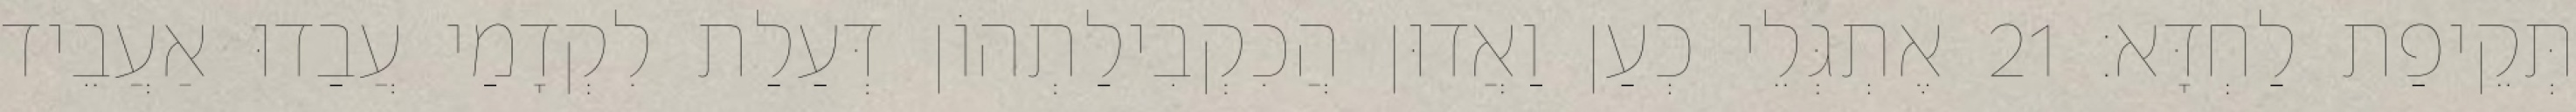
תְּקֵיפַת לַחְדָּא׃ 21 אֶתְגְּלֵי כְעַן וַאֲדוּן הֲכִקְבִילַתְהוֹן דְּעַלַת לִקְדָמַי עֲבַדוּ אַעֲבֵיד